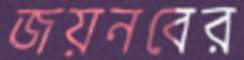
জয়নবের